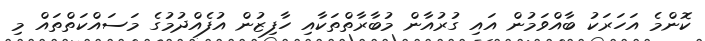
ކޮންމެ އަހަރަކު ބާއްވަމުން އައި ގުރުއާން މުބާރާތްތަކާއި ހާފިޒުން އުފެއްދުމުގެ މަސައްކަތްތައް މި